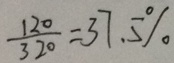
\frac { 1 2 0 } { 3 2 0 } = 3 7 . 5 \%